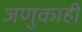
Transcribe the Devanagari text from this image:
जणुकाही